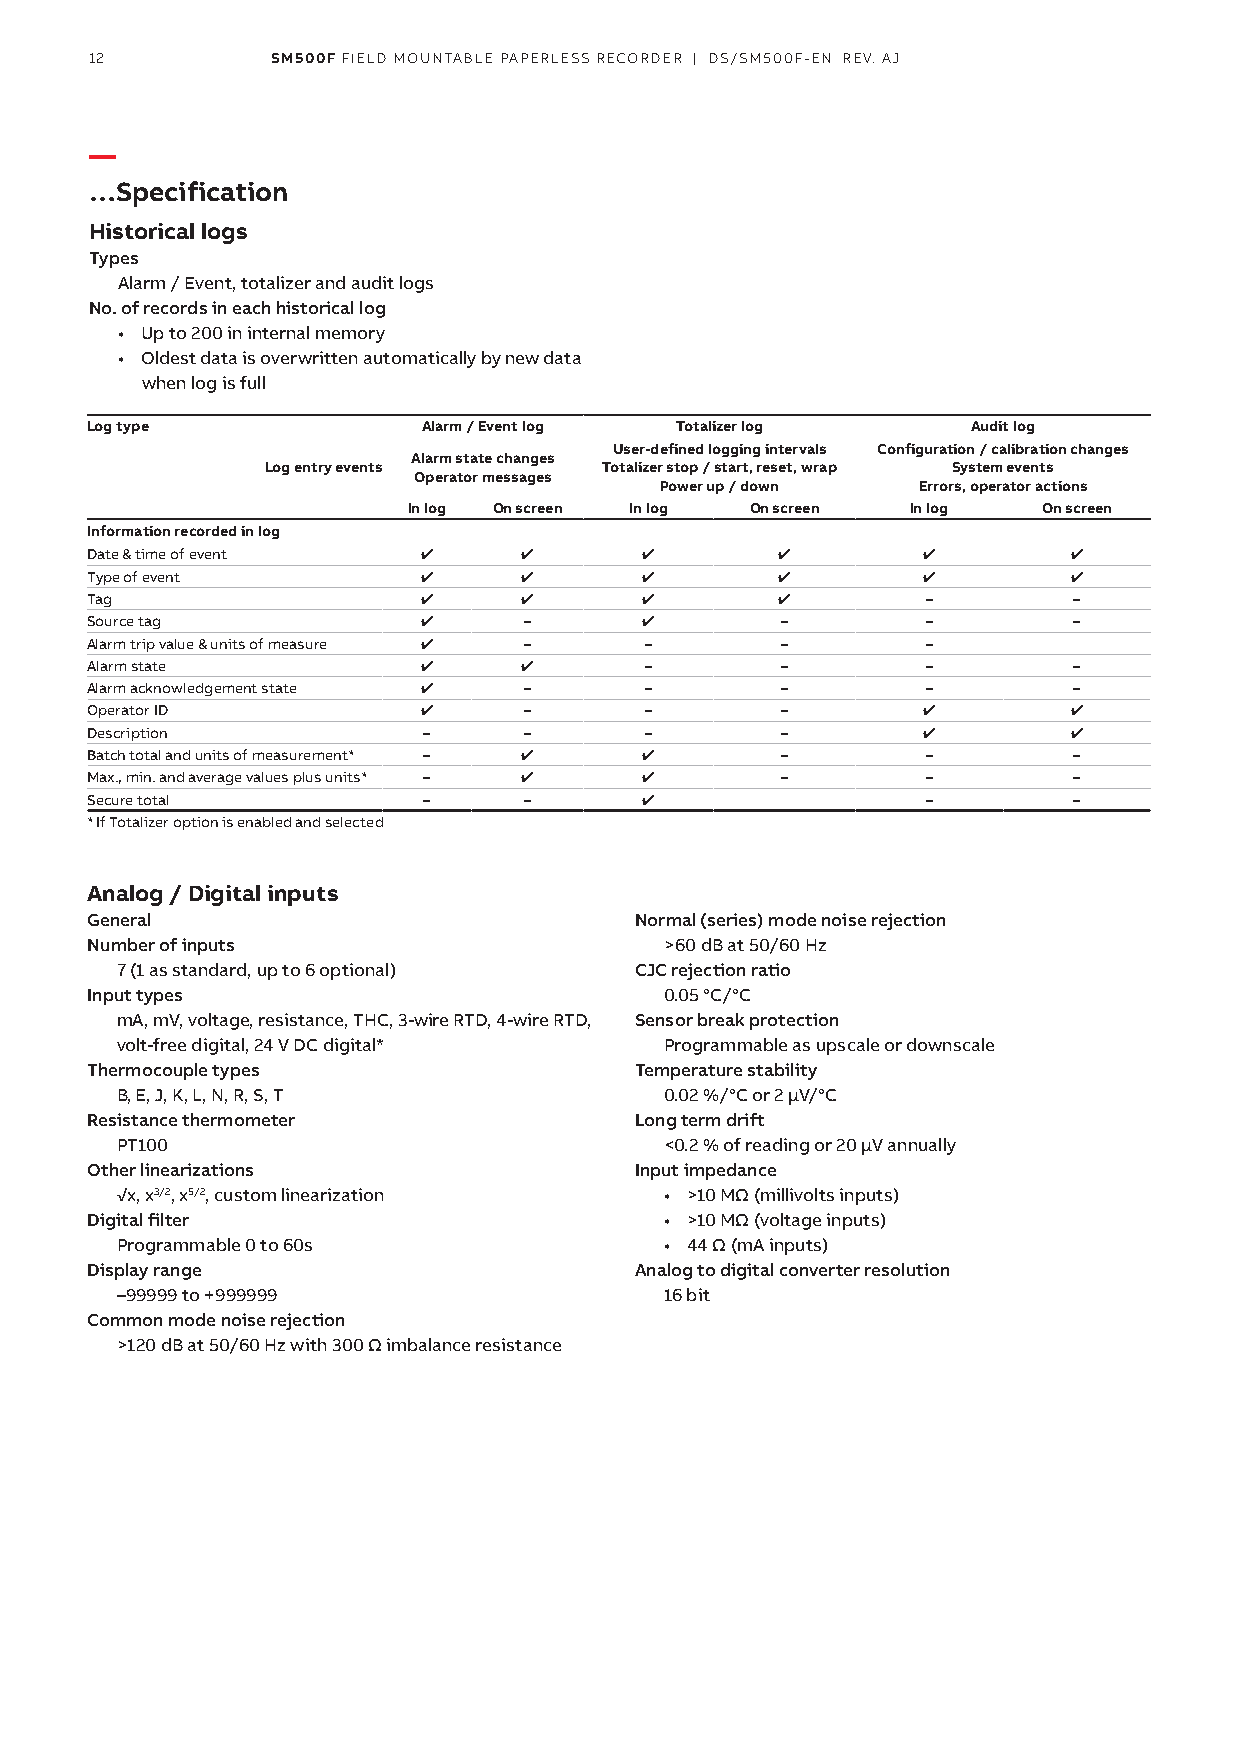
12          SM500F FIELD MOUNTABLE PAPERLESS RECORDER | DS/SM500F-EN REV. AJ
 —
 …Specification
 Historical logs
 Types
 Alarm / Event, totalizer and audit logs
 No. of records in each historical log
 • Up to 200 in internal memory
 • Oldest data is overwritten automatically by new data
 when log is full
 Log type              Alarm / Event log Totalizer log     Audit log
 User-defined logging intervals Configuration / calibration changes
 Alarm state changes
 Log entry events      Totalizer stop / start, reset, wrap System events
 Operator messages
 Power up / down  Errors, operator actions
 In log On screen In log On screen In log  On screen
 Information recorded in log
 Date & time of event                                        
 Type of event                                               
 Tag                                                –         –
 Source tag                  –               –        –         –
 Alarm trip value & units of measure  – –     –        –
 Alarm state                        –        –        –         –
 Alarm acknowledgement state  –      –        –        –         –
 Operator ID                 –       –        –                 
 Description           –      –       –        –                 
 Batch total and units of measurement* –     –        –         –
 Max., min. and average values plus units* –   –      –         –
 Secure total          –      –                        –         –
 * If Totalizer option is enabled and selected
 Analog / Digital inputs
 General                             Normal (series) mode noise rejection
 Number of inputs                      >60 dB at 50/60 Hz
 7 (1 as standard, up to 6 optional) CJC rejection ratio
 Input types                           0.05 °C/°C
 mA, mV, voltage, resistance, THC, 3-wire RTD, 4-wire RTD, Sensor break protection
 volt-free digital, 24 V DC digital* Programmable as upscale or downscale
 Thermocouple types                  Temperature stability
 B, E, J, K, L, N, R, S, T           0.02 %/°C or 2 µV/°C
 Resistance thermometer              Long term drift
 PT100                               <0.2 % of reading or 20 µV annually
 Other linearizations                Input impedance
 √x, x3/2, x5/2, custom linearization • >10 MΩ (millivolts inputs)
 Digital filter                        • >10 MΩ (voltage inputs)
 Programmable 0 to 60s               • 44 Ω (mA inputs)
 Display range                       Analog to digital converter resolution
 –99999 to +999999                   16 bit
 Common mode noise rejection
 >120 dB at 50/60 Hz with 300 Ω imbalance resistance